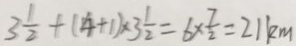
3 \frac { 1 } { 2 } + ( 4 + 1 ) \times 3 \frac { 1 } { 2 } = 6 \times \frac { 7 } { 2 } = 2 1 k m